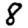
Digit: 8